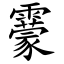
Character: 靀